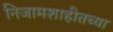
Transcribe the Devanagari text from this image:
निजामशाहीतच्या